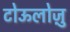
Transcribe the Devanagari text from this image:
टोऊलोज़ु